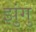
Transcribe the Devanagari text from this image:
झुंगु